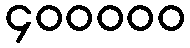
၄၀၀၀၀၀